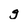
Character: g